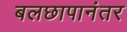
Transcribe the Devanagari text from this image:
बलछापानंतर